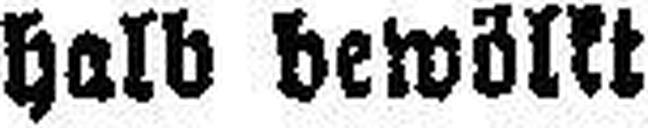
halb bewölkt